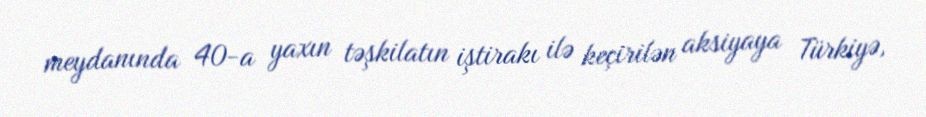
meydanında 40-a yaxın təşkilatın iştirakı ilə keçirilən aksiyaya Türkiyə,